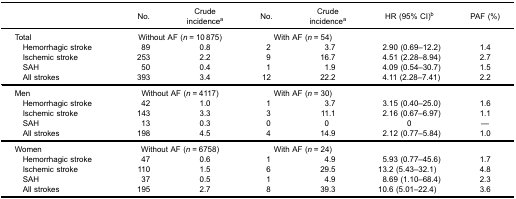
<table><thead><tr><td><b> </b></td><td><b>No.</b></td><td><b>Crudeincidence<sup>a</sup></b></td><td><b>No.</b></td><td><b>Crudeincidence<sup>a</sup></b></td><td><b>HR (95% CI)<sup>b</sup></b></td><td><b>PAF (%)</b></td></tr></thead><tbody><tr><td>Total</td><td colspan="2">Without AF (<i>n</i> = 10 875)</td><td colspan="2">With AF (<i>n</i> = 54)</td><td> </td><td> </td></tr><tr><td> Hemorrhagic stroke</td><td>89</td><td>0.8</td><td>2</td><td>3.7</td><td>2.90 (0.69–12.2)</td><td>1.4</td></tr><tr><td> Ischemic stroke</td><td>253</td><td>2.2</td><td>9</td><td>16.7</td><td>4.51 (2.28–8.94)</td><td>2.7</td></tr><tr><td> SAH</td><td>50</td><td>0.4</td><td>1</td><td>1.9</td><td>4.09 (0.54–30.7)</td><td>1.5</td></tr><tr><td> All strokes</td><td>393</td><td>3.4</td><td>12</td><td>22.2</td><td>4.11 (2.28–7.41)</td><td>2.2</td></tr><tr><td>Men</td><td colspan="2">Without AF (<i>n</i> = 4117)</td><td colspan="2">With AF (<i>n</i> = 30)</td><td> </td><td> </td></tr><tr><td> Hemorrhagic stroke</td><td>42</td><td>1.0</td><td>1</td><td>3.7</td><td>3.15 (0.40–25.0)</td><td>1.6</td></tr><tr><td> Ischemic stroke</td><td>143</td><td>3.3</td><td>3</td><td>11.1</td><td>2.16 (0.67–6.97)</td><td>1.1</td></tr><tr><td> SAH</td><td>13</td><td>0.3</td><td>0</td><td>0</td><td>0</td><td>—</td></tr><tr><td> All strokes</td><td>198</td><td>4.5</td><td>4</td><td>14.9</td><td>2.12 (0.77–5.84)</td><td>1.0</td></tr><tr><td>Women</td><td colspan="2">Without AF (<i>n</i> = 6758)</td><td colspan="2">With AF (<i>n</i> = 24)</td><td> </td><td> </td></tr><tr><td> Hemorrhagic stroke</td><td>47</td><td>0.6</td><td>1</td><td>4.9</td><td>5.93 (0.77–45.6)</td><td>1.7</td></tr><tr><td> Ischemic stroke</td><td>110</td><td>1.5</td><td>6</td><td>29.5</td><td>13.2 (5.43–32.1)</td><td>4.8</td></tr><tr><td> SAH</td><td>37</td><td>0.5</td><td>1</td><td>4.9</td><td>8.69 (1.10–68.4)</td><td>2.3</td></tr><tr><td> All strokes</td><td>195</td><td>2.7</td><td>8</td><td>39.3</td><td>10.6 (5.01–22.4)</td><td>3.6</td></tr></tbody></table>